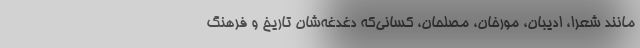
مانند شعرا، ادیبان، مورخان، مصلحان، کسانی‌که دغدغه‌شان تاریخ و فرهنگ